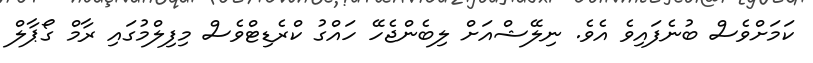
ކަމަށްވެސް ބުނެފައިވެ އެވެ. ނިލޭޝްއަށް ލިބެންޖެހޭ ހައްގު ކްރެޑިޓްވެސް މިފިލްމުގައި ރާމް ގޯޕާލް